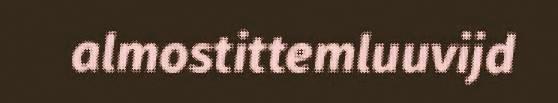
almostittemluuvijd